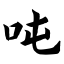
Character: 吨